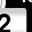
Digit: 2